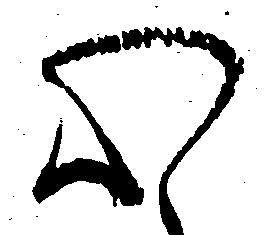
心